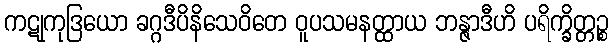
ကဋုကုဒြယော ခဂ္ဂဒီပိနိသေဝိတေ ဝူပသမနတ္ထာယ ဘန္ဇာဒီဟိ ပရိက္ခိတ္တဉ္စ